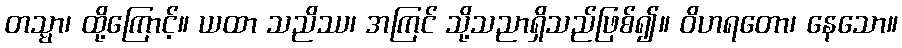
တသ္မာ၊ ထို့ကြောင့်။ ယထာ သညိဿ၊ အကြင် သို့သညာရှိသည်ဖြစ်၍။ ဝိဟရတော၊ နေသော။